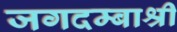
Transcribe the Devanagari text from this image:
जगदम्बाश्री